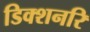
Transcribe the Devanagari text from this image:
डिक्शनरि